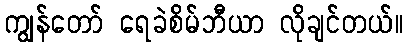
ကျွန်တော် ရေခဲစိမ်ဘီယာ လိုချင်တယ်။